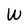
Character: W